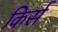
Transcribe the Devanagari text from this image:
किर्स